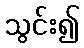
သွင်း၍